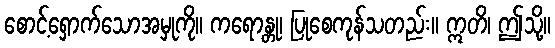
စောင့်ရှောက်သောအမှုကို။ ကရောန္တု၊ ပြုစေကုန်သတည်း။ ဣတိ၊ ဤသို့။